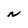
Character: N